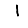
Digit: 1